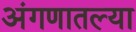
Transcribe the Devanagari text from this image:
अंगणातल्या